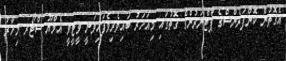
އެގޮތުން ކޮންފަރެންސްގެ ޕާޓްނަރުންގެ ގޮތުގައި މިއަހަރު ބައިވެރިވެފައިވަނީ ވީޓީވީ އެމްޔޫ ސްޓޯރ މިހާރު